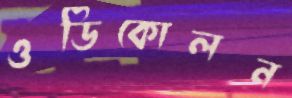
ওডিকোলন